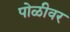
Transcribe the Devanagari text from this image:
पोळीवर